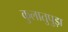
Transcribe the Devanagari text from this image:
कुलातुपुड़ा